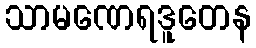
သာမဏေရဒူတေန